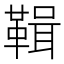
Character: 䩰